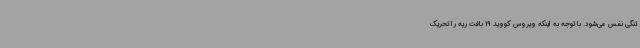
تنگی نفس می‌شود. با توجه به اینکه ویروس کووید 19 بافت ریه را تحریک